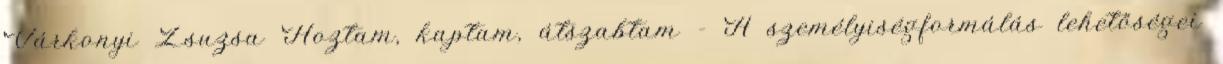
Várkonyi Zsuzsa Hoztam, kaptam, átszabtam - A személyiségformálás lehetőségei